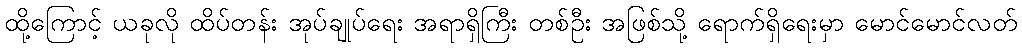
ထို့ကြောင့် ယခုလို ထိပ်တန်း အုပ်ချုပ်ရေး အရာရှိကြီး တစ်ဦး အဖြစ်သို့ ရောက်ရှိရေးမှာ မောင်မောင်လတ်